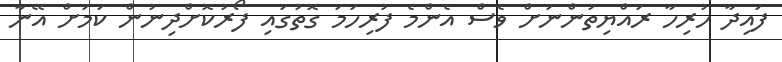
ފައިދާ ހުރިހާ ރައްޔިތުންނަށް ވެސް އެންމެ ފުރިހަމަ ގޮތުގައި ފޯރުކޮށްދިނުން ކަމަށް އޭނާ